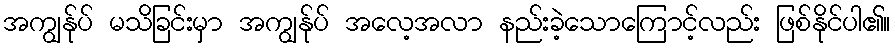
အကျွန်ုပ် မသိခြင်းမှာ အကျွန်ုပ် အလေ့အလာ နည်းခဲ့သောကြောင့်လည်း ဖြစ်နိုင်ပါ၏။